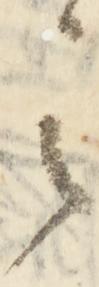
其